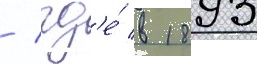
/ гд'е́ в 1893